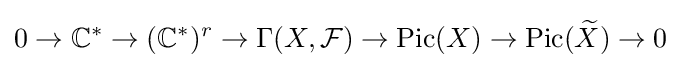
0\to \mathbb {C} ^{*}\to (\mathbb {C} ^{*})^{r}\to \Gamma (X,{\mathcal {F}})\to \operatorname {Pic} (X)\to \operatorname {Pic} ({\widetilde {X}})\to 0